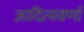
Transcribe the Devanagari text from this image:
आदित्यवर्णा